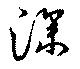
澡